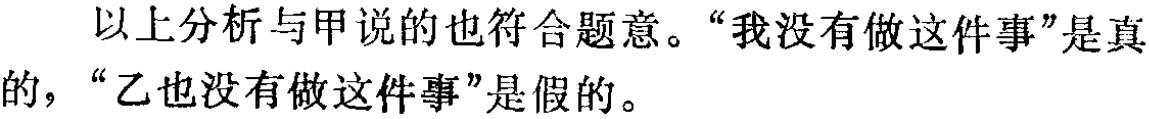
以上分析与甲说的也符合题意。“我没有做这件事”是真的，“乙也没有做这件事”是假的。